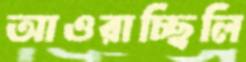
আওরাচ্ছিলি